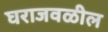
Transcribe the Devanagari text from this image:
घराजवळील